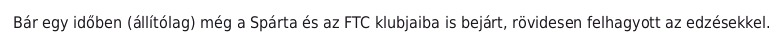
Bár egy időben (állítólag) még a Spárta és az FTC klubjaiba is bejárt, rövidesen felhagyott az edzésekkel.